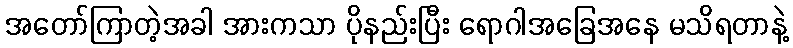
အတော်ကြာတဲ့အခါ အားကသာ ပိုနည်းပြီး ရောဂါအခြေအနေ မသိရတာနဲ့